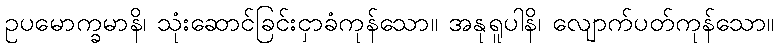
ဥပမောက္ခမာနိ၊ သုံးဆောင်ခြင်းငှာခံကုန်သော။ အနုရူပါနိ၊ လျောက်ပတ်ကုန်သော။